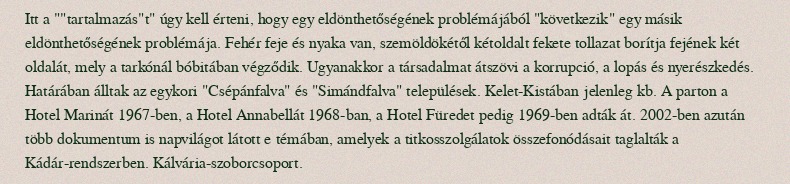
Itt a ""tartalmazás"t" úgy kell érteni, hogy egy eldönthetőségének problémájából "következik" egy másik eldönthetőségének problémája. Fehér feje és nyaka van, szemöldökétől kétoldalt fekete tollazat borítja fejének két oldalát, mely a tarkónál bóbitában végződik. Ugyanakkor a társadalmat átszövi a korrupció, a lopás és nyerészkedés. Határában álltak az egykori "Csépánfalva" és "Simándfalva" települések. Kelet-Kistában jelenleg kb. A parton a Hotel Marinát 1967-ben, a Hotel Annabellát 1968-ban, a Hotel Füredet pedig 1969-ben adták át. 2002-ben azután több dokumentum is napvilágot látott e témában, amelyek a titkosszolgálatok összefonódásait taglalták a Kádár-rendszerben. Kálvária-szoborcsoport.